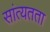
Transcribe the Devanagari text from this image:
सांत्यतता